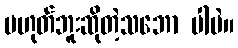
မဟုတ်ဘူးဆိုတဲ့သဘော ပါပဲ။